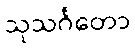
သုသင်္ဂတော